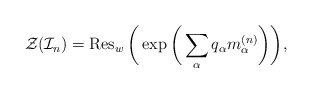
\begin{gather*}{\cal{Z}}({\cal{I}}_{n}) = \operatorname{Res}_{w} \bigg( \exp \bigg(\sum_{\alpha} q_{\alpha} m_{\alpha}^{(n)} \bigg) \bigg),\end{gather*}